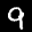
Label: 9